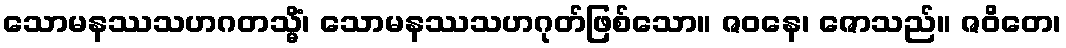
သောမနဿသဟဂတသ္မိံ၊ သောမနဿသဟဂုတ်ဖြစ်သော။ ဇဝနေ၊ ဇောသည်။ ဇဝိတေ၊